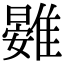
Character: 䨃